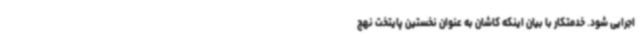
اجرایی شود. خدمتکار با بیان اینکه کاشان به عنوان نخستین پایتخت نهج